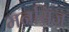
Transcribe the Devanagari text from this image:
मनसिज